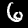
Digit: 6